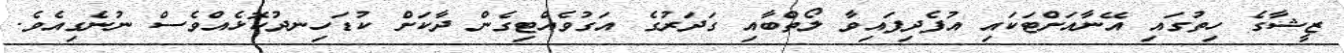
ޒީޝާގެ ހިތުގައި އޭނާއަށްޓަކައި އުފެދިފައިވާ ލޯތްބާއި ގަދަރުގެ އަގުވެއްޓިގެން ދާކަށް ކުޑަހިނދުކޮޅެއްވެސް ނުނެގިއެވެ.